Rae_vallavalitsus, lk 99
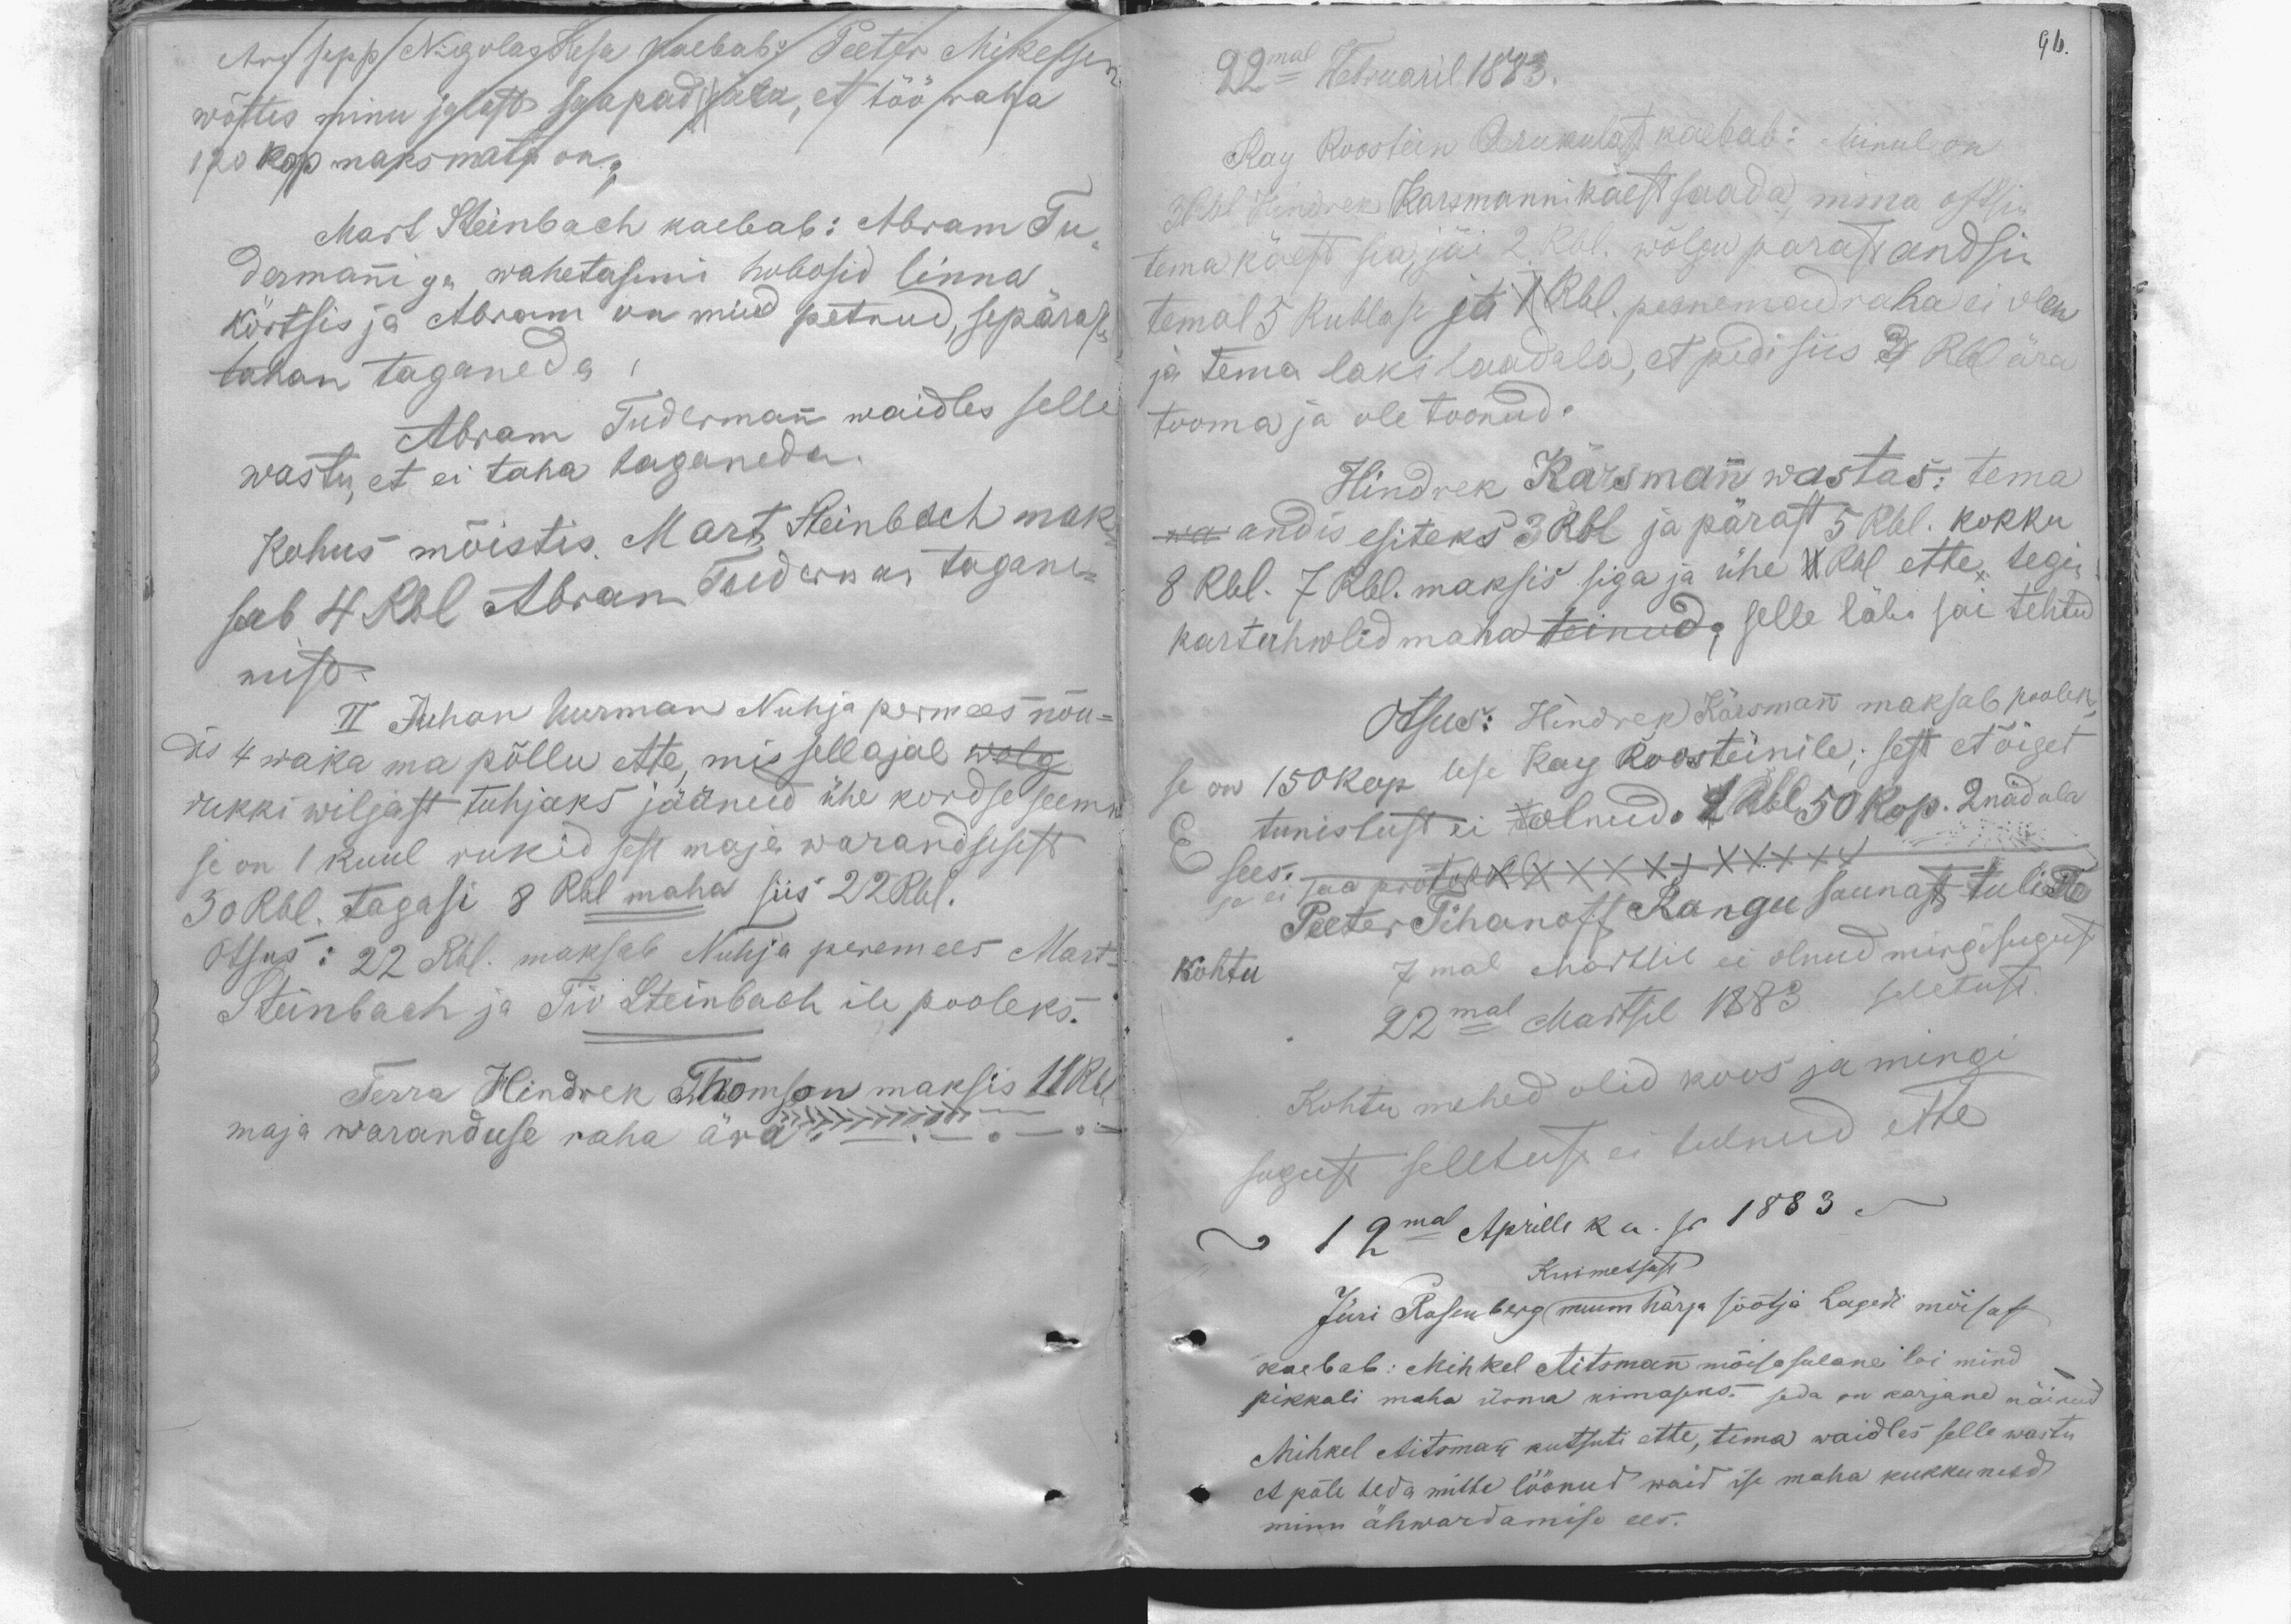
Aro sepp Nigolas Kesa kaebab: Peeter Mikelsen
wõttis minu jalast saapad ära, et töö raha
120 kop maksmata on.
Mart Steinbach kaebab: Abram Tu-
dermanniga wahetasime hobosid linna
kõrtsis ja Abram on mind petnud, sepärast
tahan taganeda
Abram Tudermann waidles selle
wastu, et ei taha taganeda.
Kohus mõistis. Mart Steinbach mak-
sab 4 Rbl Abram Tuderman tagane-
mist.
II Juhan Uusman Nuhja permees nõu-
dis 4 waka ma põllu ette, mis sell ajal wolg
rukki wiljast tuhjaks jäänud ühe kordse seemn
se on 1 kuul rukid sest maja warandusest
30 Rbl. tagasi 8 Rbl maha siis 22 Rbl.
Otsus: 22 Rbl. maksab Nuhja peremees Mart-
Steinbach ja Tio Steinbach ile pooleks.
Terra Hindrek Thomson maksis 11 Rbl
maja waranduse raha ära

96.

22mal Webruaril 1883.
Kay Roostein Arukulast kaebab: Minul on
3 Rbl Hindrek Karsmanni käest saada, mina ostsin
tema käest sea, jäi 2. Rbl. wõlgu parast andsin
temal 5 Rublase ja 1 Rbl. peenemad raha ei olen
ja tema laks laadala, et pidi siis 3 Rbl ära
tooma ja ole toonud.
Hindrek Kärsmann wastas: tema
wa andis esiteks 3 Rbl ja pärast 5 Rbl. kokku
8 Rbl. 7 Rbl. maksis siga ja ühe 1 Rbl ette, tegin
kartuhwlid maha teinud, selle läbi sai tehtud
Otsus: Hindrek Kärsmann maksab poolek
se on 150 kop lese Kay Roosteinile; sest et õiget
tunistust ei olnud. 2 Rbl 50 kop. 2nädala
sees.
se ei saa protokoll
Peeter Tihanoff Rangu saunast tuli ta
kohtu
7mal Martsil ei olnud mingisugust
22mal Martsil 1883 seletust.
Kohtu mehed olid koos ja mingi
sugust seletust ei tulnud ette
12mal Aprilli ku. s. 1883
Kuimetsast
Jüri Rosenberg nuum härja söötja Lagedi mõisast
kaebab: Mihkel Aitsmann mõisa sulane loi mind
pikkali maha üsna uimaseks. Seda on karjane näinud
Mihkel Aitsmann kutsuti ette, tema waidles selle wastu
et põle teda mitte löönud waid ise maha kukkunud
minu ähwardamise ees.